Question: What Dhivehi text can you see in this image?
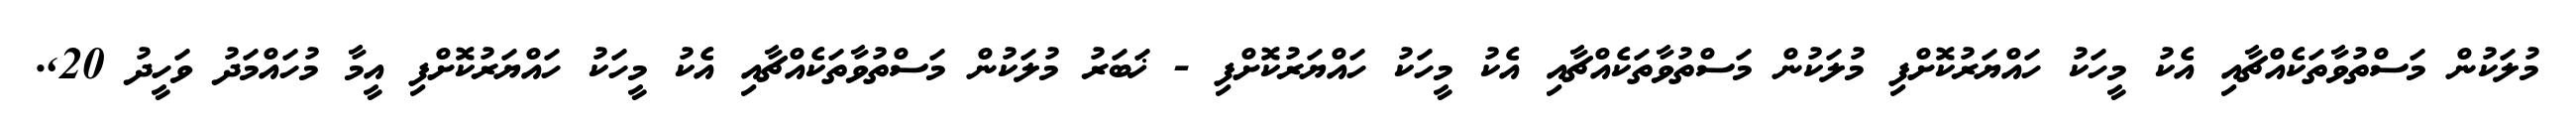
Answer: މުލަކުން މަސްތުވާތަކެއްޗާއި އެކު މީހަކު ހައްޔަރުކޮށްފި މުލަކުން މަސްތުވާތަކެއްޗާއި އެކު މީހަކު ހައްޔަރުކޮށްފި - ޚަބަރު މުލަކުން މަސްތުވާތަކެއްޗާއި އެކު މީހަކު ހައްޔަރުކޮށްފި އީމާ މުހައްމަދު ވަހީދު 20,.